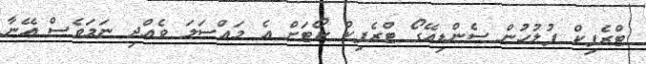
ޓްރެފިކް ފުލުހުން ސެންޑިއޭގޯ ޓްރެފިކް ކޯޓަށް އެ މައްސަލަ ވެއްދި ނަމަވެސް އޭނާ